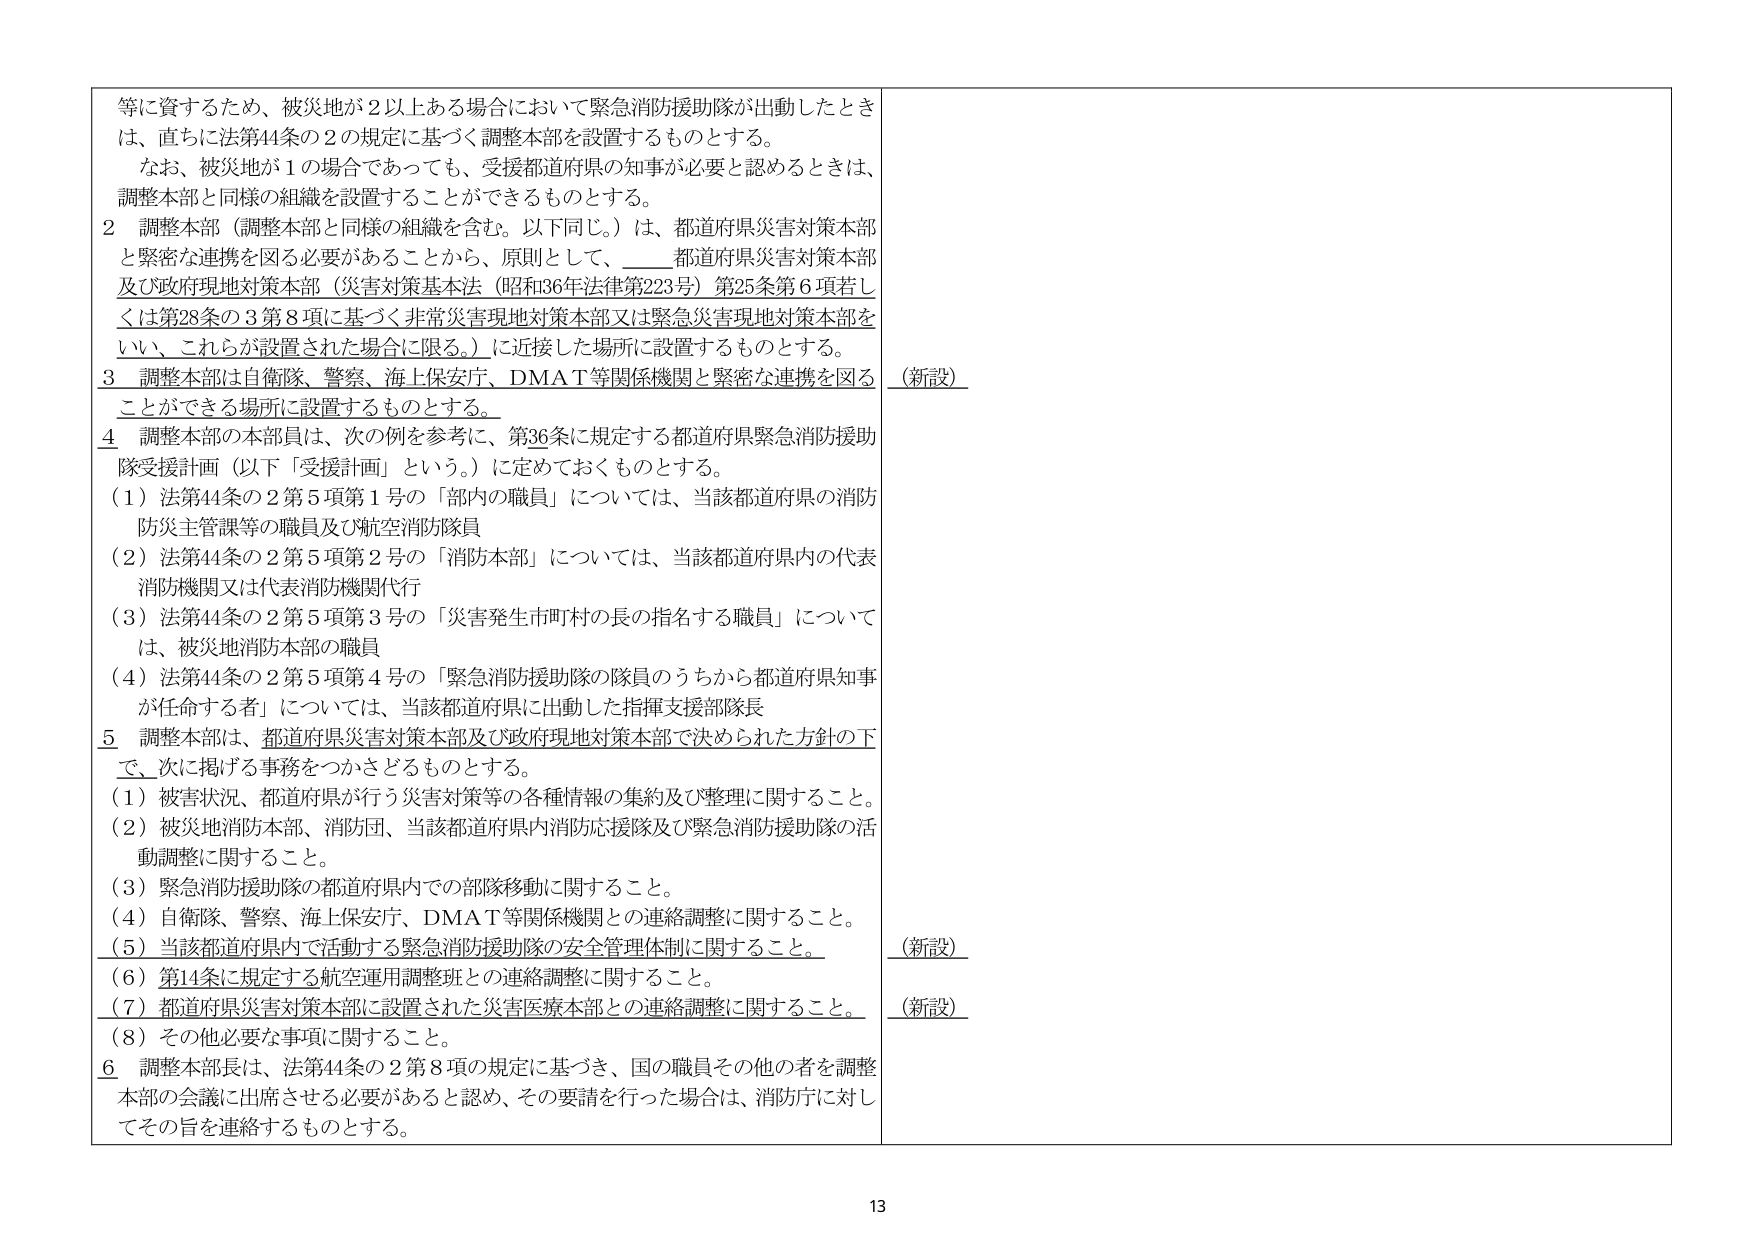
等に資するため、被災地が２以上ある場合において緊急消防援助隊が出動したときは、直ちに法第44条の２の規定に基づく調整本部を設置するものとする。

なお、被災地が１の場合であっても、受援都道府県の知事が必要と認めるときは、調整本部と同様の組織を設置することができるものとする。

２ 調整本部（調整本部と同様の組織を含む。以下同じ。）は、都道府県災害対策本部と緊密な連携を図る必要があることから、原則として、____都道府県災害対策本部及び政府現地対策本部（災害対策基本法（昭和36年法律第223号）第25条第６項若しくは第28条の３第８項に基づく非常災害現地対策本部又は緊急災害現地対策本部をいう。これらが設置された場合に限る。）に近接した場所に設置するものとする。

３ 調整本部は自衛隊、警察、海上保安庁、DMAT等関係機関と緊密な連携を図ることができる場所に設置するものとする。

（新設）

４ 調整本部の本部員は、次の例を参考に、第36条に規定する都道府県緊急消防援助隊受援計画（以下「受援計画」という。）に定めておくものとする。

（１）法第44条の２第５項第１号の「部内の職員」については、当該都道府県の消防防災主管課等の職員及び航空消防隊員

（２）法第44条の２第５項第２号の「消防本部」については、当該都道府県内の代表消防機関又は代表消防機関代行

（３）法第44条の２第５項第３号の「災害発生市町村の長の指名する職員」については、被災地消防本部の職員

（４）法第44条の２第５項第４号の「緊急消防援助隊の隊員のうちから都道府県知事が任命する者」については、当該都道府県に出動した指揮支援部隊長

５ 調整本部は、都道府県災害対策本部及び政府現地対策本部で決められた方針の下で、次に掲げる事務をつかさどるものとする。

（１）被害状況、都道府県が行う災害対策等の各種情報の集約及び整理に関すること。

（２）被災地消防本部、消防団、当該都道府県内消防応援隊及び緊急消防援助隊の活動調整に関すること。

（３）緊急消防援助隊の都道府県内での部隊移動に関すること。

（４）自衛隊、警察、海上保安庁、DMAT等関係機関との連絡調整に関すること。

（５）当該都道府県内で活動する緊急消防援助隊の安全管理体制に関すること。

（新設）

（６）第14条に規定する航空運用調整班との連絡調整に関すること。

（７）都道府県災害対策本部に設置された災害医療本部との連絡調整に関すること。

（新設）

（８）その他必要な事項に関すること。

６ 調整本部長は、法第44条の２第８項の規定に基づき、国の職員その他の者を調整本部の会議に出席させる必要があると認め、その要請を行った場合は、消防庁に対してその旨を連絡するものとする。

13